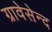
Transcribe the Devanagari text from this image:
ग्रावेसेन्द